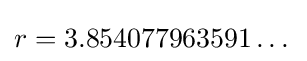
r=3.854077963591\dots